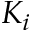
K _ { i }